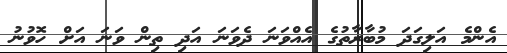
އެންމެ އަލިގަދަ މުބާރާތުގެ އެއްވަނަ ދެވަނަ އަދި ތިން ވަނަ އަށް ހޮވުނު